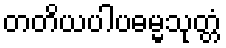
တတိယပါပဓမ္မသုတ္တံ